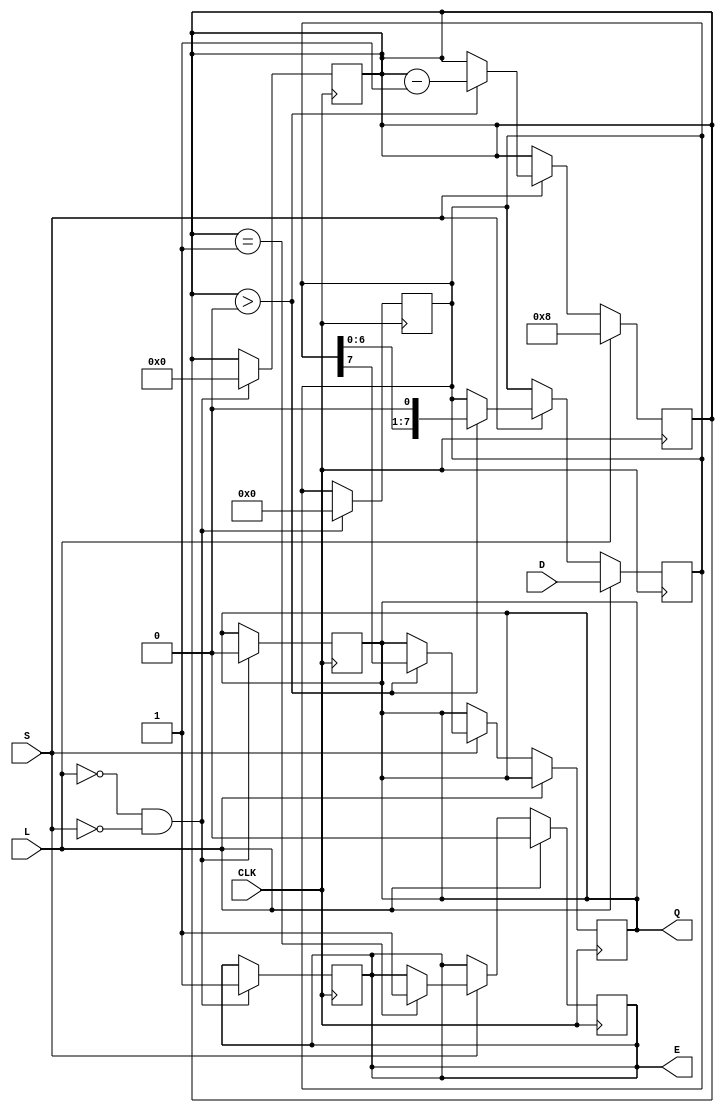
module PISO_Register #(
    parameter n = 8 // Width of the register (number of bits)
)(
    input wire [n-1:0] D,    // Parallel data input
    input wire L,             // Load control signal
    input wire CLK,           // Clock signal
    input wire S,             // Shift control signal
    output reg Q,             // Serial output
    output reg E              // Empty signal
);

    reg [n-1:0] SR;           // Shift register
    reg [3:0] count;          // Counter to keep track of shifted bits

    always @(posedge CLK) begin
        if (L) begin
            // Load data into shift register
            SR <= D;          // Load data on assert of Load signal
            count <= n;      // Initialize count to the width of register
            E <= 1'b0;       // Register is not empty after loading
        end else if (S) begin
            if (count > 0) begin
                Q <= SR[n-1]; // Output the MSB of the shift register
                SR <= SR << 1; // Shift left (right shift the contents)
                count <= count - 1; // Decrement counter
            end
            
            // Check if the register is empty
            if (count == 1) begin
                E <= 1'b1;   // Assert empty signal when no bits left
            end
        end
    end

    // Reset functionality (optional)
    always @(negedge CLK) begin
        if (!L && !S) begin
            // Synchronous reset on negative edge of CLK when both signals are low
            SR <= 0;
            count <= 0;
            Q <= 0;
            E <= 1'b1; // Register is empty
        end
    end

endmodule